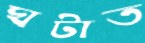
ঘটাত